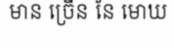
មាន ច្រើន នែ មោឃ